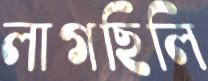
লাগছিলি